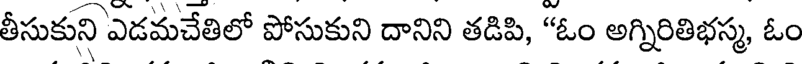
తీసుకుని ఎడమచేతిలో పోసుకుని దానిని తడిపి, "ఓం అగ్నిరితిభస్మ, ఓం